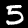
Label: 5